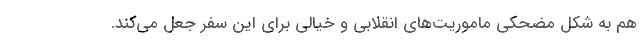
هم به شکل مضحکی ماموریت‌های انقلابی و خیالی برای این سفر جعل می‌کند.